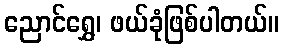
ညောင်ရွှေ၊ ဖယ်ခုံဖြစ်ပါတယ်။